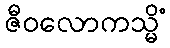
ဇီဝလောကသ္မိံ